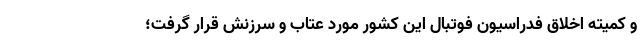
و کمیته اخلاق فدراسیون فوتبال این کشور مورد عتاب و سرزنش قرار گرفت؛